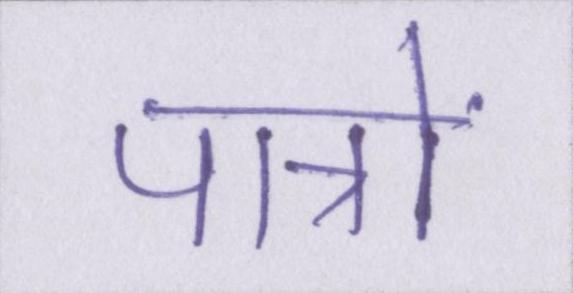
पात्रों